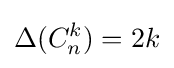
\Delta (C_{n}^{k})=2k